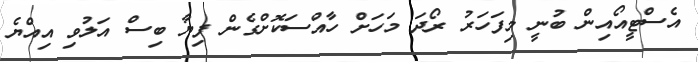
އެސްޓީއޯއިން ބުނީ މިފަހަރު ރޯދަ މަހަށް ހާއްސަކޮށްގެން ފިޔާ ބިސް އަލުވި އިއްޔެ